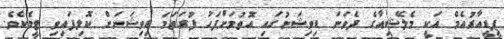
ޕީޑީއާރުއެމް އަކީ މެލޭޝިއާގެ ދެވަނަ ޑިވިޝަނުގައި އޮތުމަށްފަހު ފުރަތަމަ ޑިވިޝަނަށް ކޮލިފައިވި ޓީމެކެވެ.